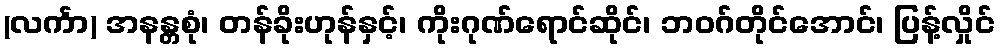
(လင်္ကာ) အနန္တစုံ၊ တန်ခိုးဟုန်နှင့်၊ ကိုးဂုဏ်ရောင်ဆိုင်၊ ဘဝဂ်တိုင်အောင်၊ ပြန့်လှိုင်